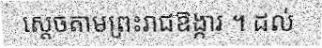
ស្តេចតាមព្រះរាជឱង្ការ ។ ដល់